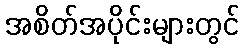
အစိတ်အပိုင်းများတွင်